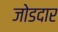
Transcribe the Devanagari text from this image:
जोडदार